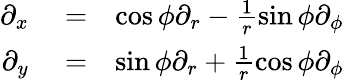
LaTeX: \begin{array}{rlr}{\partial_{x}}&{{}=}&{\cos\phi\partial_{r}-\frac{1}{r}\sin\phi\partial_{\phi}}\\ {\partial_{y}}&{{}=}&{\sin\phi\partial_{r}+\frac{1}{r}\cos\phi\partial_{\phi}}\end{array}